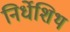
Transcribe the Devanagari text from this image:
निर्धेशिथ